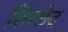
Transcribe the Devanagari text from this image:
शिरछेद